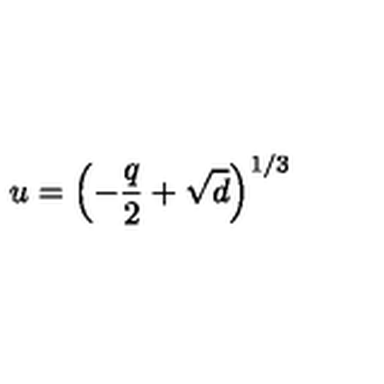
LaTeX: u = \left( - \frac { q } { 2 } + \sqrt { d } \right) ^ { 1 / 3 }